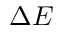
\Delta E